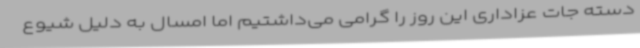
دسته جات عزاداری این روز را گرامی می‌داشتیم اما امسال به دلیل شیوع